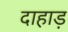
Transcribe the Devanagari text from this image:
दाहाड़